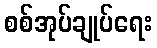
စစ်အုပ်ချုပ်ရေး